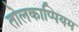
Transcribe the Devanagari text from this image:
तोलकाप्पियम